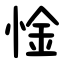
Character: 惍